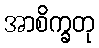
အာစိက္ခတု